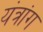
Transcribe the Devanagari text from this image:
यंत्रांग